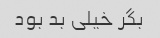
بگر‌ خیلی بد بود